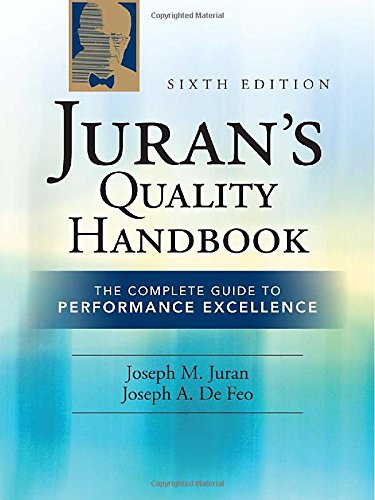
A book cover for Juran's Quality Handbook: The Complete Guide to Performance Excellence 6/e; Joseph Defeo; Business & Money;